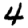
Digit: 4